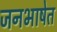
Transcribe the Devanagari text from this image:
जनभाषेत